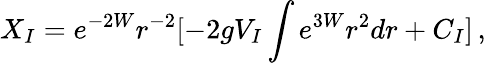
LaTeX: X_{I}=e^{-2W}r^{-2}[-2gV_{I}\int e^{3W}r^{2}dr+C_{I}]\, ,